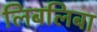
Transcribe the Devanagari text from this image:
लिबलिबा